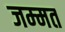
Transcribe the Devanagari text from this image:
जम्‍मत